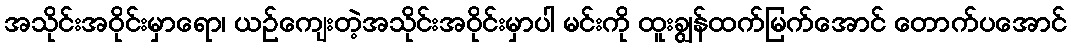
အသိုင်းအဝိုင်းမှာရော၊ ယဉ်ကျေးတဲ့အသိုင်းအဝိုင်းမှာပါ မင်းကို ထူးချွန်ထက်မြက်အောင် တောက်ပအောင်